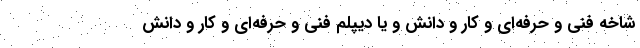
شاخه فنی و حرفه‌ای و کار و دانش و یا دیپلم فنی و حرفه‌ای و کار و دانش